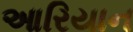
આરિયાન